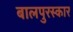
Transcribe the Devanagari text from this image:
बालपुरस्कार